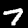
Label: 7